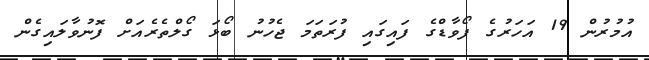
އުމުރުން 19 އަހަރުގެ ފޯވާޑްގެ ފައިގައި ފުރަތަމަ ޖެހުނު ބޯޅަ ގޯލްތެރެއަށް ފޮނުވާލައިގެން